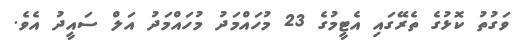
ވަގުތު ކޮޅުގެ ތެރޭގައި އެޓީމުގެ 23 މުހައްމަދު މުހައްމަދު އަލް ސައީދު އެވެ.